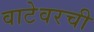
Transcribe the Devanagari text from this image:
वाटेवरची